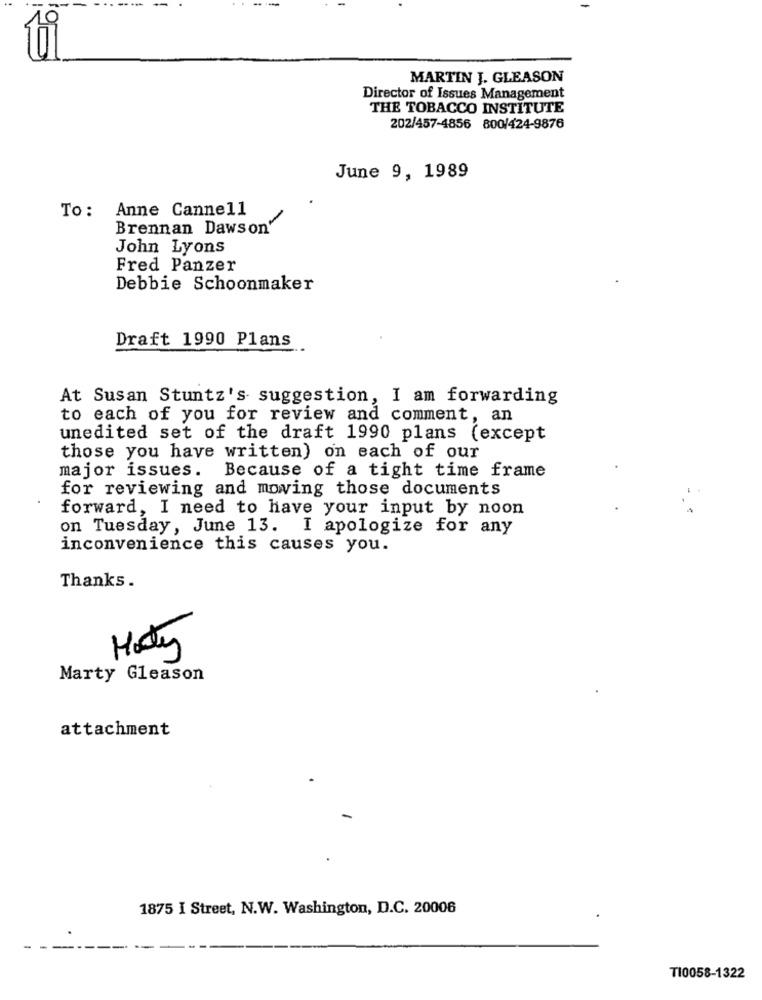
MARTIN J. GLEASON
Director of Issues Management
THE TOBACCO INSTITUTE
202/457-4856 800/424-9876
June 9, 1989
To: Anne Cannell
Brennan Dawson'
John Lyons
Fred Panzer
Debbie Schoonmaker
Draft 1990 Plans
At Susan Stuntz's suggestion, I am forwarding
to each of you for review and comment, an
unedited set of the draft 1990 plans (except
those you have written) on each of our
major issues. Because of a tight time frame
for reviewing and mowing those documents
forward, I need to have your input by noon
on Tuesday, June 13. I apologize for any
inconvenience this causes you.
Thanks.
5
Marty Gleason
attachment
1875 I Street, N.W. Washington, D.C. 20006
TI0058-1322